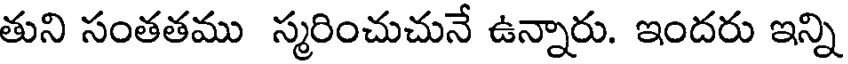
తుని సంతతము స్మరించుచునే ఉన్నారు. ఇందరు ఇన్ని